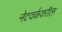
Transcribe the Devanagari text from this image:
नेटवर्कवरील